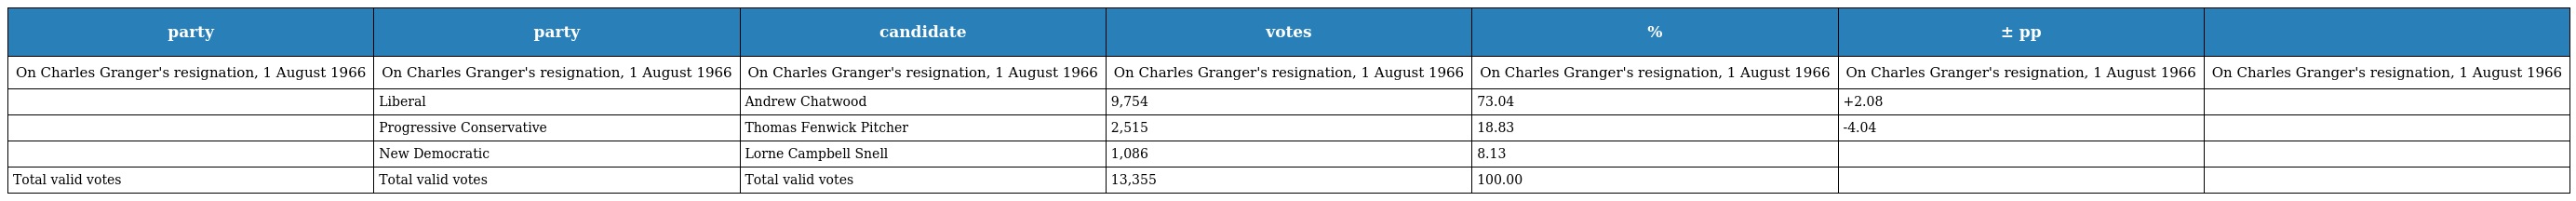
| party | party | candidate | votes | % | ± pp |  |
 | --- | --- | --- | --- | --- | --- | --- |
 | On Charles Granger's resignation, 1 August 1966 | On Charles Granger's resignation, 1 August 1966 | On Charles Granger's resignation, 1 August 1966 | On Charles Granger's resignation, 1 August 1966 | On Charles Granger's resignation, 1 August 1966 | On Charles Granger's resignation, 1 August 1966 | On Charles Granger's resignation, 1 August 1966 |
 |  | Liberal | Andrew Chatwood | 9,754 | 73.04 | +2.08 |  |
 |  | Progressive Conservative | Thomas Fenwick Pitcher | 2,515 | 18.83 | -4.04 |  |
 |  | New Democratic | Lorne Campbell Snell | 1,086 | 8.13 |  |  |
 | Total valid votes | Total valid votes | Total valid votes | 13,355 | 100.00 |  |  |